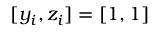
[ y _ { i } , z _ { i } ] = [ 1 , 1 ]